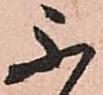
不